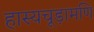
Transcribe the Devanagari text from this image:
हास्यचूड़ामणि